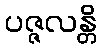
ပဇ္ဇလန္တိ